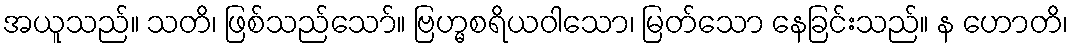
အယူသည်။ သတိ၊ ဖြစ်သည်သော်။ ဗြဟ္မစရိယဝါသော၊ မြတ်သော နေခြင်းသည်။ န ဟောတိ၊